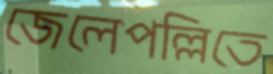
জেলেপল্লিতে